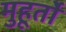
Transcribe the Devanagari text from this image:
मुहूर्तो